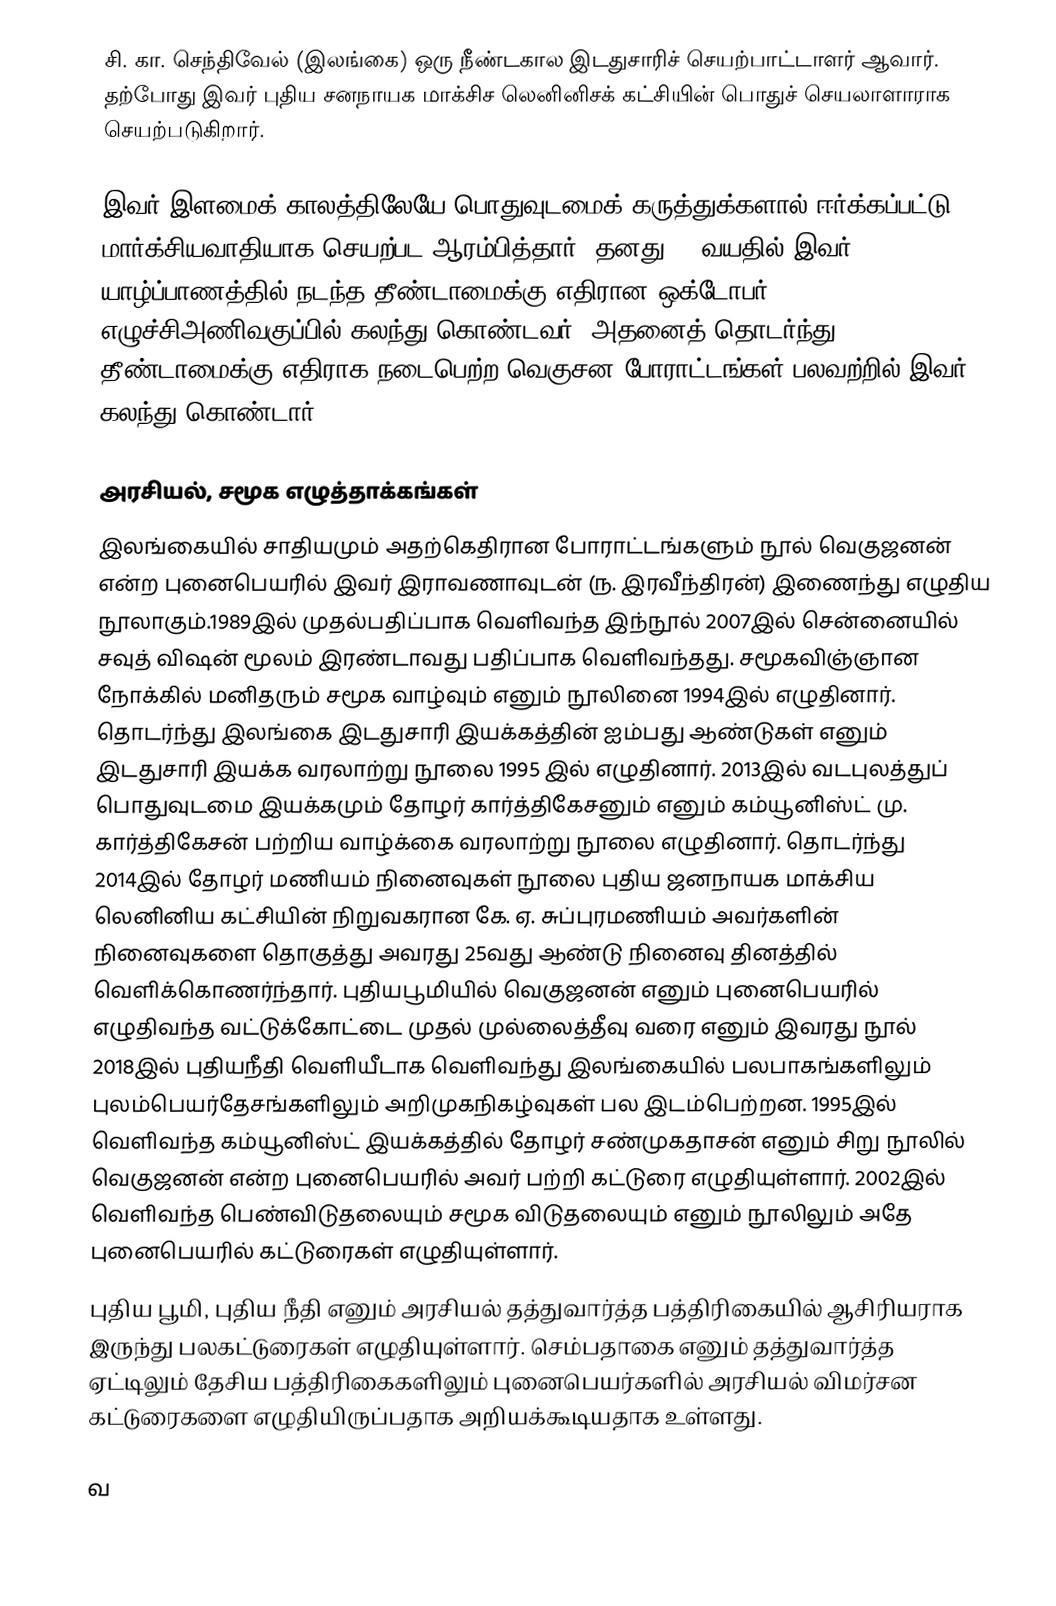
சி. கா. செந்திவேல் (இலங்கை) ஒரு நீண்டகால இடதுசாரிச் செயற்பாட்டாளர் ஆவார். தற்போது இவர் புதிய சனநாயக மாக்சிச லெனினிசக் கட்சியின் பொதுச் செயலாளாராக செயற்படுகிறார்.

இவர் இளமைக் காலத்திலேயே பொதுவுடமைக் கருத்துக்களால் ஈர்க்கப்பட்டு, மார்க்சியவாதியாக செயற்பட ஆரம்பித்தார். தனது 23 வயதில் இவர் யாழ்ப்பாணத்தில் நடந்த தீண்டாமைக்கு எதிரான ஒக்டோபர் எழுச்சிஅணிவகுப்பில் கலந்து கொண்டவர். அதனைத் தொடர்ந்து தீண்டாமைக்கு எதிராக நடைபெற்ற வெகுசன போராட்டங்கள் பலவற்றில் இவர் கலந்து கொண்டார்.

அரசியல், சமூக எழுத்தாக்கங்கள்
இலங்கையில் சாதியமும் அதற்கெதிரான போராட்டங்களும் நூல் வெகுஜனன் என்ற புனைபெயரில் இவர் இராவணாவுடன் (ந. இரவீந்திரன்) இணைந்து எழுதிய நூலாகும்.1989இல் முதல்பதிப்பாக வெளிவந்த இந்நூல் 2007இல் சென்னையில் சவுத் விஷன் மூலம் இரண்டாவது பதிப்பாக வெளிவந்தது. சமூகவிஞ்ஞான நோக்கில் மனிதரும் சமூக வாழ்வும் எனும் நூலினை 1994இல் எழுதினார். தொடர்ந்து இலங்கை இடதுசாரி இயக்கத்தின் ஐம்பது ஆண்டுகள் எனும் இடதுசாரி இயக்க வரலாற்று நூலை 1995 இல் எழுதினார். 2013இல் வடபுலத்துப் பொதுவுடமை இயக்கமும் தோழர் கார்த்திகேசனும் எனும் கம்யூனிஸ்ட் மு. கார்த்திகேசன் பற்றிய வாழ்க்கை வரலாற்று நூலை எழுதினார். தொடர்ந்து 2014இல் தோழர் மணியம் நினைவுகள் நூலை புதிய ஜனநாயக மாக்சிய லெனினிய கட்சியின் நிறுவகரான கே. ஏ. சுப்புரமணியம் அவர்களின் நினைவுகளை தொகுத்து அவரது 25வது ஆண்டு நினைவு தினத்தில் வெளிக்கொணர்ந்தார். புதியபூமியில் வெகுஜனன் எனும் புனைபெயரில் எழுதிவந்த வட்டுக்கோட்டை முதல் முல்லைத்தீவு வரை எனும் இவரது நூல் 2018இல் புதியநீதி வெளியீடாக வெளிவந்து இலங்கையில் பலபாகங்களிலும் புலம்பெயர்தேசங்களிலும் அறிமுகநிகழ்வுகள் பல இடம்பெற்றன. 1995இல் வெளிவந்த கம்யூனிஸ்ட் இயக்கத்தில் தோழர் சண்முகதாசன் எனும் சிறு நூலில் வெகுஜனன் என்ற புனைபெயரில் அவர் பற்றி கட்டுரை எழுதியுள்ளார். 2002இல் வெளிவந்த பெண்விடுதலையும் சமூக விடுதலையும் எனும் நூலிலும் அதே புனைபெயரில் கட்டுரைகள் எழுதியுள்ளார்.
புதிய பூமி, புதிய நீதி எனும் அரசியல் தத்துவார்த்த பத்திரிகையில் ஆசிரியராக இருந்து பலகட்டுரைகள் எழுதியுள்ளார். செம்பதாகை எனும் தத்துவார்த்த ஏட்டிலும் தேசிய பத்திரிகைகளிலும் புனைபெயர்களில் அரசியல் விமர்சன கட்டுரைகளை எழுதியிருப்பதாக அறியக்கூடியதாக உள்ளது.

வ